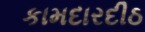
કામદારદીઠ